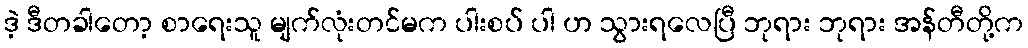
ဒဲ့ ဒီတခါတော့ စာရေးသူ မျက်လုံးတင်မက ပါးစပ် ပါ ဟ သွားရလေပြီ ဘုရား ဘုရား အန်တီတို့က